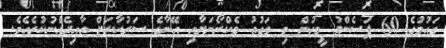
ގައުމުގެ 60 ޕަސެންޓު މީހުން މި ވަގުތު މެކްރޯނަށާއި އޭނާގެ ސަރުކާރަށް ތާއިދެއްނުކުރެއެވެ.